Statistics compiled by the Government of India from the reports of provincial Civil Veterinary Departments
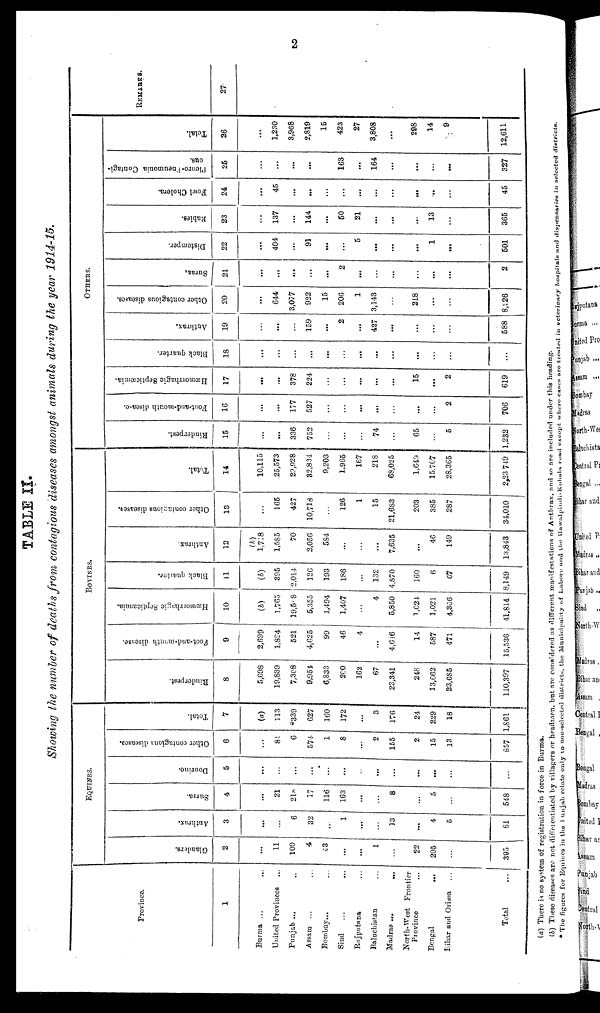
2
TABLE II.
Showing the number of deaths from contagious diseases amongst animals during the year 1914-15.
Province.
1
Burma ... ...
United Provinces ...
Punjab ...
Assam ... ...
Bombay ... ...
Sind ... ...
Rajputana ...
Baluchistan ...
Madras ... ...
North-West Frontier
Province
Bengal
...
Bihar and Orissa ...
Total
...
EQUINES.
Glanders.
2
...
11
109
4
43
...
...
1
...
22
205
395
Anthrax.
3
...
...
6
32
...
1
...
...
13
...
4
5
61
Surrn.
4
...
21
218
17
116
163
...
...
8
...
5
548
Dourine.
5
...
...
...
...
...
...
...
...
...
...
...
...
Other contagious diseases.
6
...
81
6
574
1
8
...
2
155
2
15
13
857
Total.
7
(a)
113
*339
627
160
172
...
3
176
24
229
18
1,861
BOVINES.
Rinderpest.
8
5,698
19,839
7,308
9,954
6,833
200
162
67
23,341
248
13,662
23,685
110,397
Foot-and-mouth disease.
9
2,699
1,824
521
4,625
99
46
4
...
4,646
14
587
471
15,536
Hæmiorrhagic Septicæmia.
10
(b)
3,765
19,508
5,355
1,494
1,407
...
4
5,850
1,024
1,021
4,306
41,814
Black quartor.
11
(b)
395
2,014
126
193
186
...
132
4,870
160
6
67
3,149
Anthrax
12
(b)
1.718
1,585
70
2,056
584
...
...
...
7,635
...
46
149
13,843
Other contagious diseases.
13
...
165
427
10,718
...
126
1
15
21,683
203
385
287
34,010
Total.
14
10,115
25,573
23,928
32,834
9,203
1.965
167
218
68,025
1,649
15,707
28,365
2,23 749
OTHERS.
Rinderpest.
15
...
...
336
752
...
...
...
74
...
65
...
5
1,232
Foot-and-mouth disease.
16
...
...
177
527
...
...
...
...
...
...
...
2
706
Hæmorrhagic Septicæmia.
17
...
...
378
224
...
...
...
...
...
15
...
2
619
Black quarter.
18
...
...
...
...
...
...
...
...
...
...
...
...
Anthrax,
19
...
...
...
159
...
2
...
427
...
...
...
...
588
Other contagious diseases.
20
...
644
3,077
922
15
206
1
3,143
...
218
...
...
8,226
Suraa
21
...
...
...
...
...
2
...
...
...
...
...
...
2
Distemper.
22
...
404
...
91
...
...
5
...
...
...
1
...
501
Rabies.
23
...
137
...
144
...
50
21
...
...
...
13
...
365
Fowl Cholera.
24
...
45
...
...
...
...
...
...
...
...
..
...
45
Plenro-Pneumonia Contagi-
ous.
25
...
...
...
...
...
163
...
164
...
...
...
...
327
Total.
26
...
1,230
3,968
2,819
15
423
27
3,808
...
298
14
9
12,611
REMARKS.
27
(a) There is no system of registration in force in Burma.
(b) These diseases are not differentiated by villagers or headmen, but are considered as different manifestations of Anthrax, and so are included under this heading.
* The figures for Equines in the Punjab relate only to non-selected districts, the Municipality of Lahore and the Rawalpindi-Kohala road except where cases are treated in veterinary
hospitals and dispensaries in selected districts.